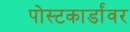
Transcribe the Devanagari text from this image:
पोस्टकार्डांवर